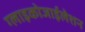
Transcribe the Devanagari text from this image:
ग्लाइकोजाईलेशन